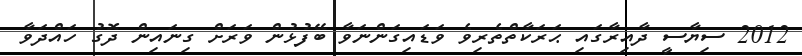
2012 ސިޔާސީ ދާއިރާގައި ޙަރަކާތްތެރިވެ ވަޑައިގަންނަވާ ބޭފުޅުން ވަރަށް ގިނައިން ދޮގު ހައްދަވާ